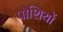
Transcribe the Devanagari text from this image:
पोशियों